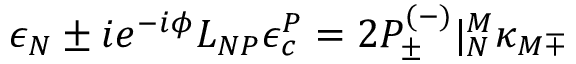
\epsilon _ { N } \pm i e ^ { - i \phi } L _ { N P } \epsilon _ { c } ^ { P } = 2 { \cal P } _ { \pm } ^ { ( - ) } | _ { N } ^ { M } \kappa _ { M \mp }